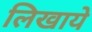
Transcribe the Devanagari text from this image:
लिखाये